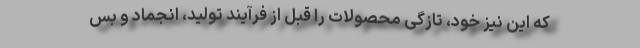
که این نیز خود، تازگی محصولات را قبل از فرآیند تولید، انجماد و بس